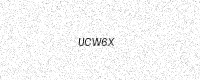
Text: UCW6X